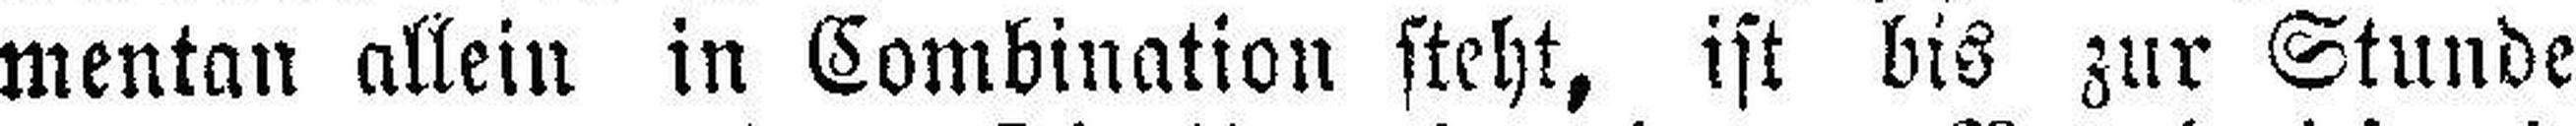
mentan allein in Combination steht, ist bis zur Stunde